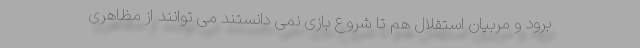
برود و مربیان استقلال هم تا شروع بازی نمی دانستند می توانند از مظاهری